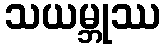
သယမ္ဘုဿ